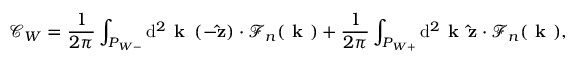
\mathcal { C } _ { W } = \frac { 1 } { 2 \pi } \int _ { P _ { W - } } \mathrm { d } ^ { 2 } \textbf { k } \, ( - \mathbf { \hat { z } } ) \cdot \boldsymbol { \mathcal { F } } _ { n } ( \textbf { k } ) + \frac { 1 } { 2 \pi } \int _ { P _ { W + } } \mathrm { d } ^ { 2 } \textbf { k } \, \mathbf { \hat { z } } \cdot \boldsymbol { \mathcal { F } } _ { n } ( \textbf { k } ) ,